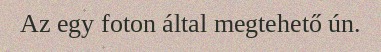
Az egy foton által megtehető ún.